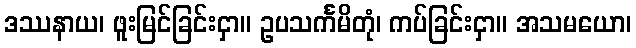
ဒဿနာယ၊ ဖူးမြင်ခြင်းငှာ။ ဥပသင်္ကမိတုံ၊ ကပ်ခြင်းငှာ။ အသမယော၊